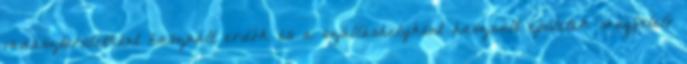
vadászterületként használt erdők és a szálláshelyként használt épületek megfelelő